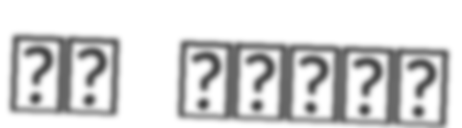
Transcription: בן אפרים